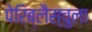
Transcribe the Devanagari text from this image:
पेरिब्लैस्चुला